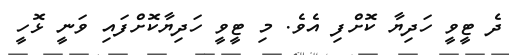
ދެ ޓީވީ ހަދިޔާ ކޮށްފި އެވެ. މި ޓީވީ ހަދިޔާކޮށްފައި ވަނީ ޅޮހީ